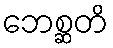
ဘေစ္ဆတိ